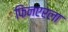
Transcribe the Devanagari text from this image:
फिनएरला